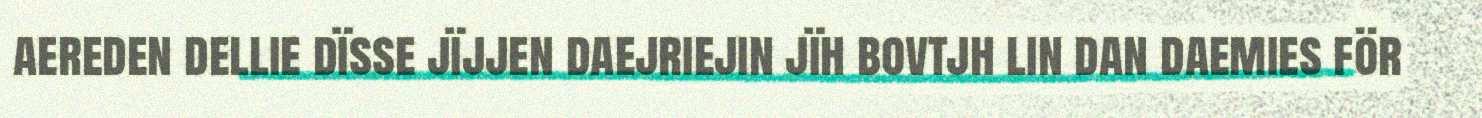
aereden dellie dïsse jïjjen daejriejin jïh bovtjh lin dan daemies för